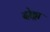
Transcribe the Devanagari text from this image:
दोड्डा